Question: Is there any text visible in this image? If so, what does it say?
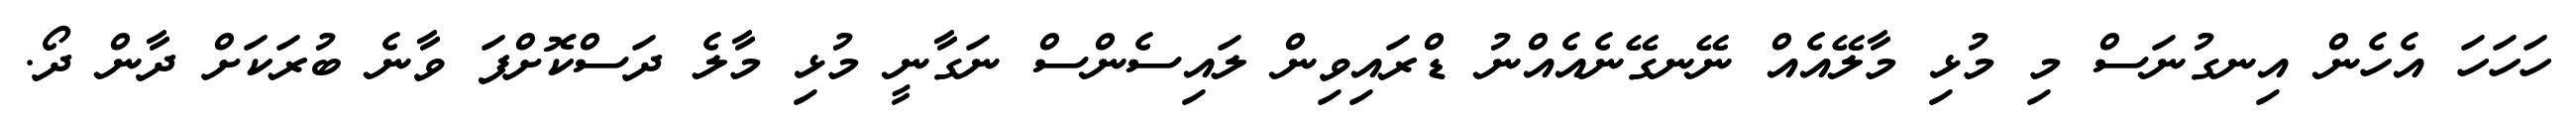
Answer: ހަހަހަ އެހެން އިނގުނަސް މި މުޅި މާލޭއެއް ނޭނގޭނެއެއްނު ޑްރައިވިން ލައިސެންސް ނަގާނީ މުޅި މާލެ ދަސްކޮށްފަ ވާނެ ބުރަކަށް ދާން ދޯ.